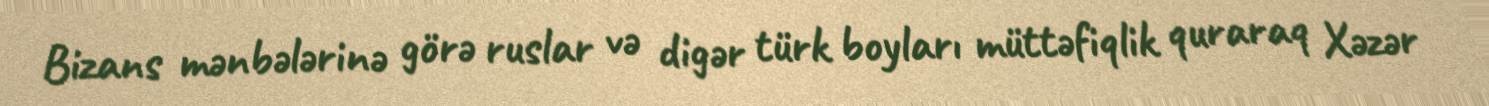
Bizans mənbələrinə görə ruslar və digər türk boyları müttəfiqlik quraraq Xəzər